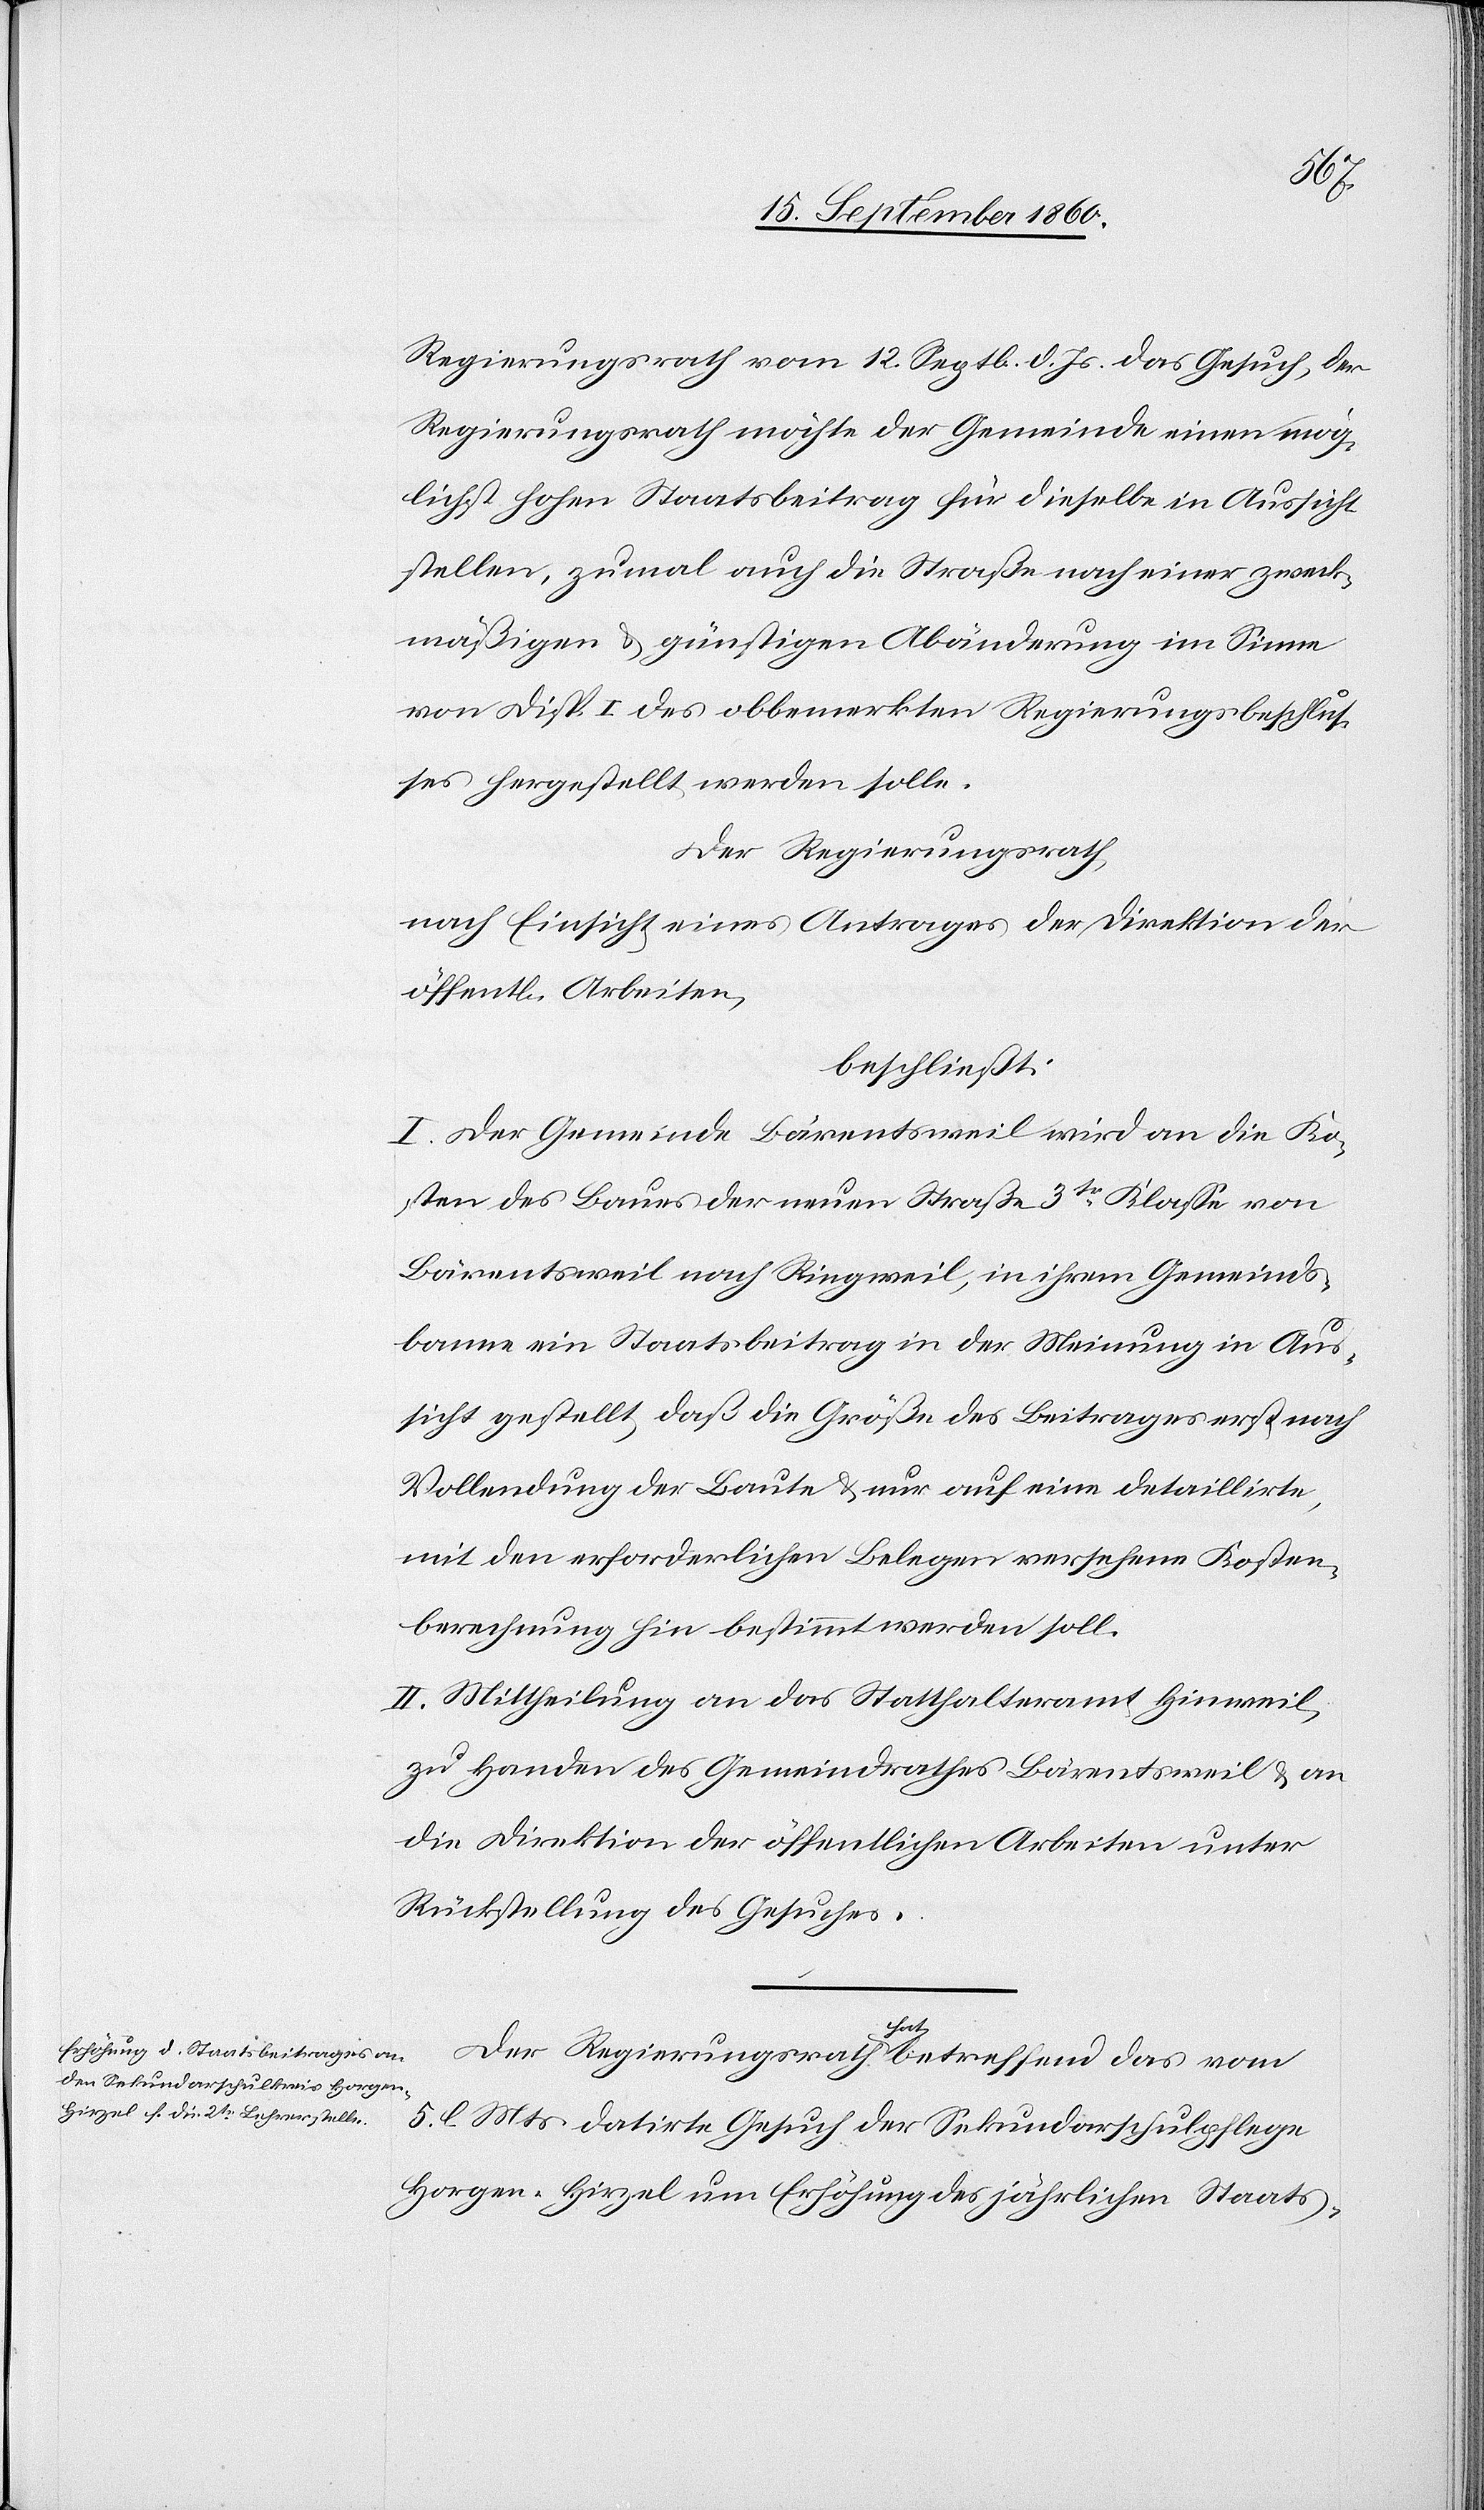
Regierungsrath vom 12. Sept. d. Js. das Gesuch, der
Regierungsrath möchte der Gemeinde einen mög¬
lichst hohen Staatsbeitrag für dieselbe in Aussicht
stellen, zumal auch die Straße nach einer zweck¬
mäßigen u. günstigen Abänderung im Sinne
von Disp. I des obbemerkten Regierungsbeschlus¬
ses hergestellt werden solle.
Der Regierungsrath
nach Einsicht eines Antrages der Direktion der
öffentl. Arbeiten,
beschließt:
I. Der Gemeinde Bärentsweil wird an die Ko¬
sten des Baues der neuen Straße 3tr Klasse von
Bärentsweil nach Ringweil, in ihrem Gemeinds¬
banne ein Staatsbeitrag in der Meinung in Aus¬
sicht gestellt, daß die Größe des Beitrages erst nach
Vollendung der Baute u. nur auf eine detaillirte,
mit den erforderlichen Belegen versehene Kosten¬
berechnung hin bestimmt werden soll.
II. Mittheilung an das Statthalteramt Hinweil,
zu Handen des Gemeindrathes Bärentsweil u. an
die Direktion der öffentlichen Arbeiten unter
Rückstellung des Gesuches.
Der Regierungsrath hat betreffend das vom
5. l. Mts. datirte Gesuch der Sekundarschulpflege
Horgen-Hirzel um Erhöhung des jährlichen Staats-